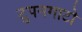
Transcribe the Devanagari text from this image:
टुपनगाटो